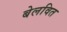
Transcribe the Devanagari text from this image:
बेलवित